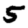
Digit: 5